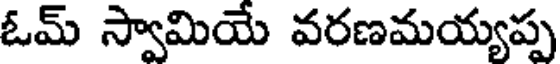
ఓమ్ స్వామియే వరణమయ్యప్ప